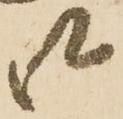
江